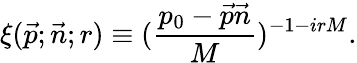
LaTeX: \xi(\vec{p};\vec{n};r)\equiv(\frac{p_{0}-\vec{p}\vec{n}}{M})^{-1-irM}.